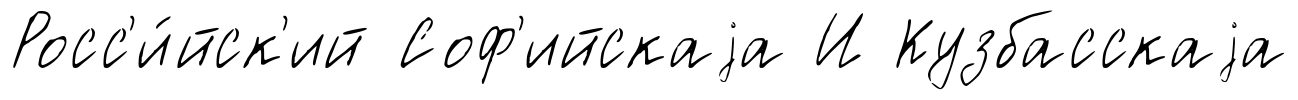
Росс'и́йск'ий Соф'ийскаjа И Кузбасскаjа